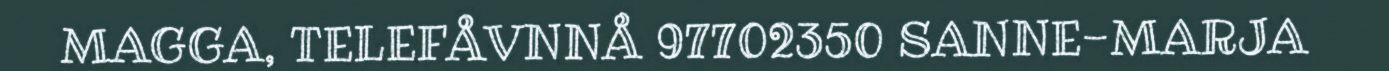
MAGGA, TELEFÅVNNÅ 97702350 SANNE-MARJA